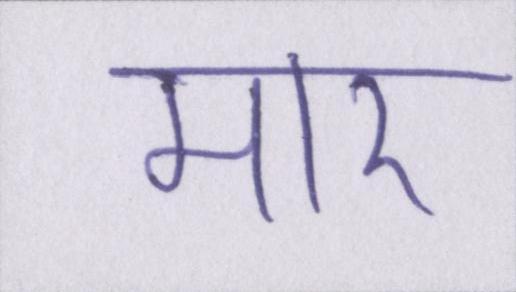
मार